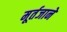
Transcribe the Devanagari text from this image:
मूर्तजाने